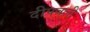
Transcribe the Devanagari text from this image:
दीपवली